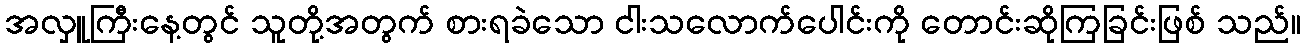
အလှူကြီးနေ့တွင် သူတို့အတွက် စားရခဲသော ငါးသလောက်ပေါင်းကို တောင်းဆိုကြခြင်းဖြစ် သည်။